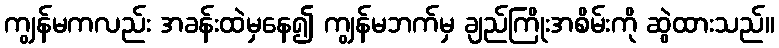
ကျွန်မကလည်း အခန်းထဲမှနေ၍ ကျွန်မဘက်မှ ချည်ကြိုးအစိမ်းကို ဆွဲထားသည်။